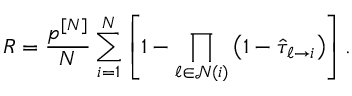
R = \frac { p ^ { [ N ] } } { N } \sum _ { i = 1 } ^ { N } \left[ 1 - \prod _ { \ell \in \mathcal { N } ( i ) } \left( 1 - \hat { \tau } _ { \ell \rightarrow i } \right) \right] .